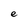
Character: e